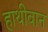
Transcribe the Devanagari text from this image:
हाथीवान